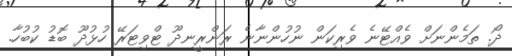
ދޯ. ތަމެންނަށް ވެއްޓޭނެ ވެރިކަން ނުހުންނާނެ ރަންރީނދޫ ޓްވިޓަރޭ ހުޅުދޫ ބޮޑު ކުބުހާ.